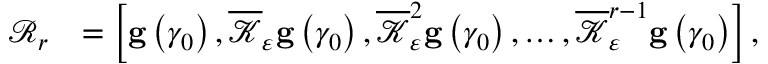
\begin{array} { r l } { \mathcal { R } _ { r } } & { = \left[ \mathbf { g } \left( \gamma _ { 0 } \right) , \overline { { \mathcal { K } } } _ { \varepsilon } \mathbf { g } \left( \gamma _ { 0 } \right) , \overline { { \mathcal { K } } } _ { \varepsilon } ^ { 2 } \mathbf { g } \left( \gamma _ { 0 } \right) , \ldots , \overline { { \mathcal { K } } } _ { \varepsilon } ^ { r - 1 } \mathbf { g } \left( \gamma _ { 0 } \right) \right] , } \end{array}